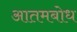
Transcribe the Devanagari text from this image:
आतमबोध